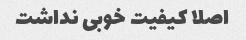
اصلا کیفیت خوبی نداشت